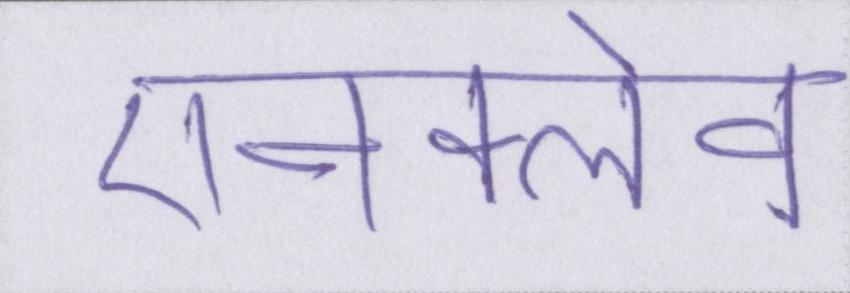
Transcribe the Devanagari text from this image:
एनक्लेव